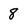
Character: 8